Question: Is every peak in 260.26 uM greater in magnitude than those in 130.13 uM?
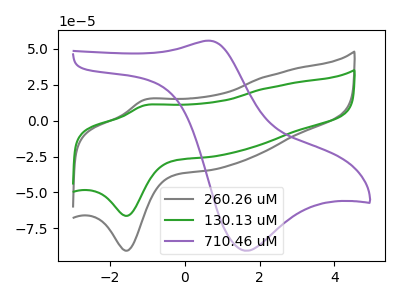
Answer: <think>The gray curve "260.26 uM" has an anodic peak at (-1.10V, 14.35uA) and a cathodic peak at (-1.55V, -90.60uA). The green curve "130.13 uM" has an anodic peak at (-1.10V, 10.50uA) and a cathodic peak at (-1.55V, -66.35uA). The purple curve "710.46 uM" has an anodic peak at (0.65V, 55.65uA) and a cathodic peak at (1.65V, -90.60uA).</think>
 <answer>Every peak in "260.26 uM" is higher than every peak in "130.13 uM".</answer>
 <eval>higher</eval>